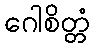
ဂေါစိတ္တံ